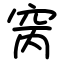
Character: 窉